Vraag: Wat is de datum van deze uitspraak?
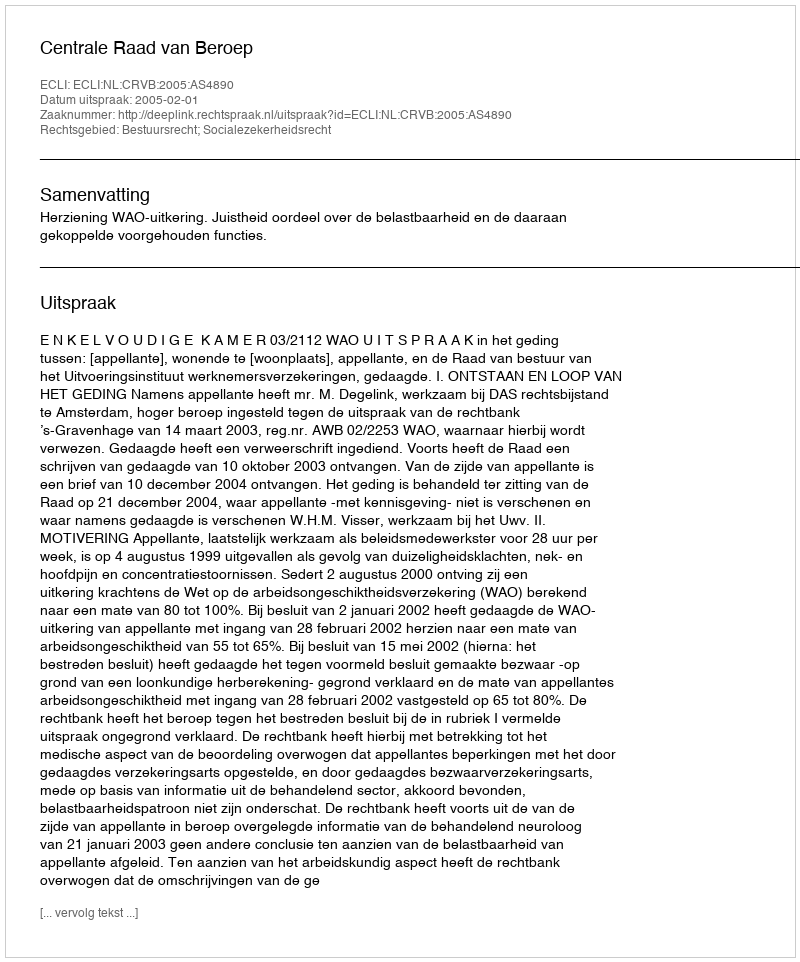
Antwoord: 2005-02-01